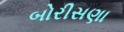
બોરીસણા